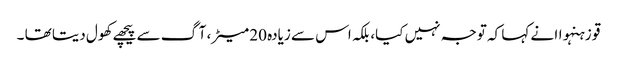
قو زہنہواا نے کہا کہ توجہ نہیں کیا، بلکہ اس سے زیادہ 20 میٹر، آگ سے پیچھے کھول دیتا تھا ۔